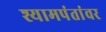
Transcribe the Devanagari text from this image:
श्यामपंतांवर